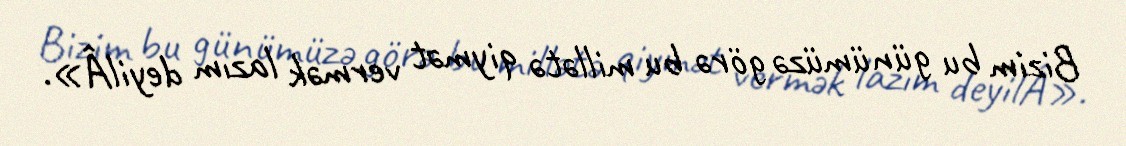
Bizim bu günümüzə görə bu millətə qiymət vermək lazım deyilÂ».